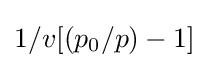
1/{v[({p_{0}}/{p})-1]}